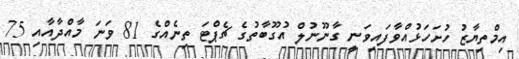
އިމްތިޔާޒު ހުށަހަޅުއްވާފައިވަނީ ގާނޫނުލް އުގޫބާތުގެ ޗެޕްޓަ ތިނެއްގެ 81 ވަނަ މާއްދާއާއި 75